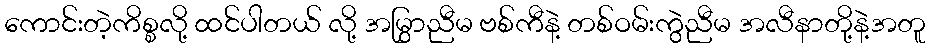
ကောင်းတဲ့ကိစ္စလို့ ထင်ပါတယ် လို့ အမြွှာညီမ ဗစ်ကီနဲ့ တစ်ဝမ်းကွဲညီမ အလီနာတို့နဲ့အတူ